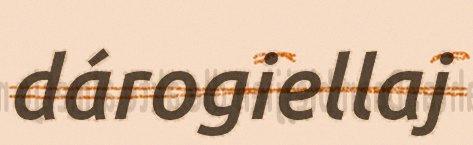
dárogiellaj